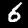
Label: 6